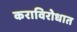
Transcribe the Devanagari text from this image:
कराविरोधात